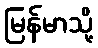
မြန်မာသို့